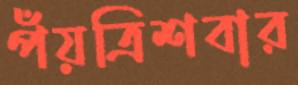
পঁয়ত্রিশবার